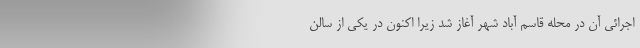
اجرائی آن در محله قاسم آباد شهر آغاز شد زیرا اکنون در یکی از سالن